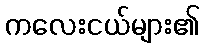
ကလေးငယ်များ၏